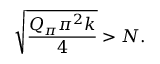
\sqrt { \frac { Q _ { \pi } \pi ^ { 2 } k } { 4 } } > N .